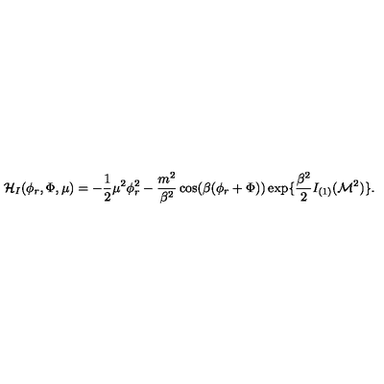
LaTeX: { \cal H } _ { I } ( \phi _ { r } , \Phi , \mu ) = - { \frac { 1 } { 2 } } \mu ^ { 2 } \phi _ { r } ^ { 2 } - { \frac { m ^ { 2 } } { \beta ^ { 2 } } } \cos ( \beta ( \phi _ { r } + \Phi ) ) \exp \{ { \frac { \beta ^ { 2 } } { 2 } } I _ { ( 1 ) } ( { \cal M } ^ { 2 } ) \} .